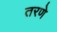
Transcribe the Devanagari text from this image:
तरणे